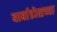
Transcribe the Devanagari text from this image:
बार्बाडोसच्या